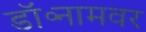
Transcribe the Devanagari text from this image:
डॉ॰नामवर